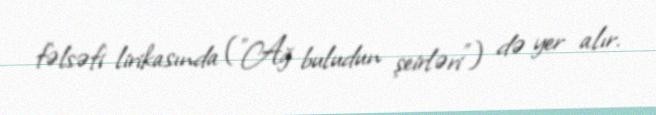
fəlsəfi lirikasında ("Ağ buludun şeirləri") də yer alır.